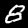
Digit: 8